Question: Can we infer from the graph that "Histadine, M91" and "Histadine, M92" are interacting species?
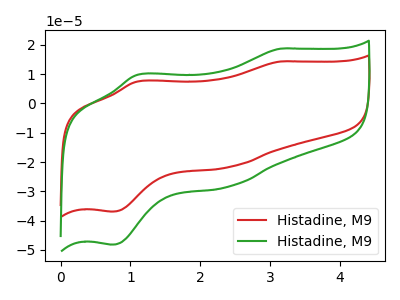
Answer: <think>The red curve "Histadine, M91" has anodic peaks at (3.15V, 14.35uA) (1.10V, 7.50uA) and cathodic peaks at (2.40V, -21.75uA) (0.75V, -36.90uA). The green curve "Histadine, M92" has anodic peaks at (3.15V, 18.70uA) (1.10V, 9.80uA) and cathodic peaks at (2.40V, -28.40uA) (0.75V, -48.15uA).
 All the peaks in "Histadine, M91" have a peak in "Histadine, M92" at the same potential. Every peak in "Histadine, M91" is lower than every peak in "Histadine, M92".</think>
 <answer>No, "Histadine, M91" and "Histadine, M92" don't appear to be significantly different in shape</answer>
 <eval>no_change</eval>